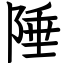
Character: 陲